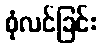
စုံလင်ခြင်း